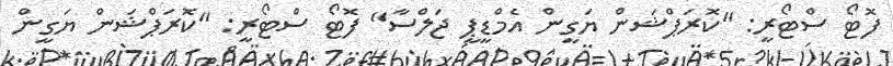
ފޮޓޯ ސްޓޯރީ: "ކޮރަޕްޝަން ޔަގީން އެމްޑީޕީ ޖަލްސާ" ފޮޓޯ ސްޓޯރީ: "ކޮރަޕްޝަން ޔަގީން